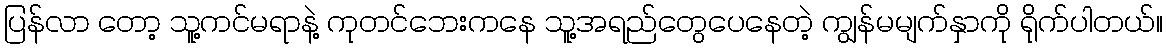
ပြန်လာ တော့ သူ့ကင်မရာနဲ့ ကုတင်ဘေးကနေ သူ့အရည်တွေပေနေတဲ့ ကျွန်မမျက်နှာကို ရိုက်ပါတယ်။